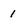
Character: 1